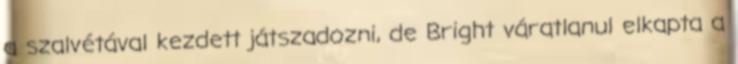
a szalvétával kezdett játszadozni, de Bright váratlanul elkapta a